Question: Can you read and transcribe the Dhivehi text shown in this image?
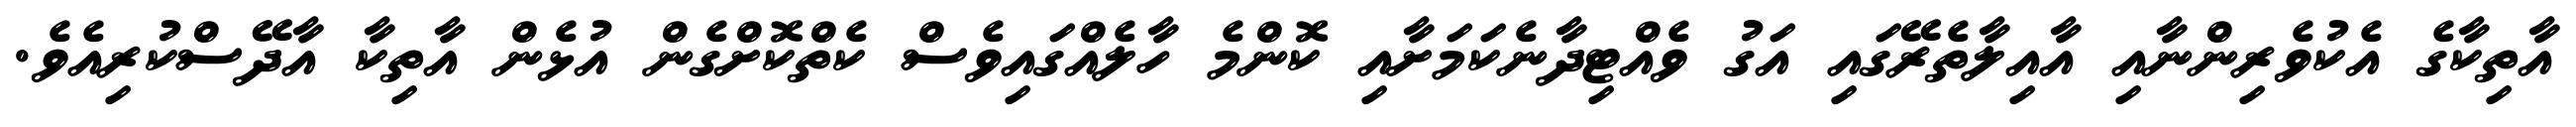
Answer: އާތިކާގެ އެކުވެރިންނާއި އާއިލާތެރޭގައި އަގު ވެއްޓިދާނެކަމަށާއި ކޮންމެ ހާލެއްގައިވެސް ކެތްކޮށްގެން އުޅެން އާތިކާ އާދޭސްކުރިއެވެ.